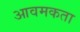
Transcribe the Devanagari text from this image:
आवमकता